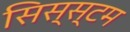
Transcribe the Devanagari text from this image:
सिस्स्टम